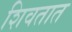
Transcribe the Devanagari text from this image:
शिवतात